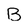
Character: B